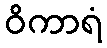
ဝိကာရံ